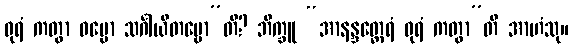
ဓုရံ ကတွာ ဓမ္မော သင်္ဂါယိတဗ္ဗော”တိ? ဘိက္ခူ “အာနန္ဒတ္ထေရံ ဓုရံ ကတွာ”တိ အာဟံသု။